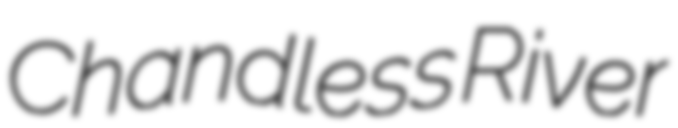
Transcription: Chandless River